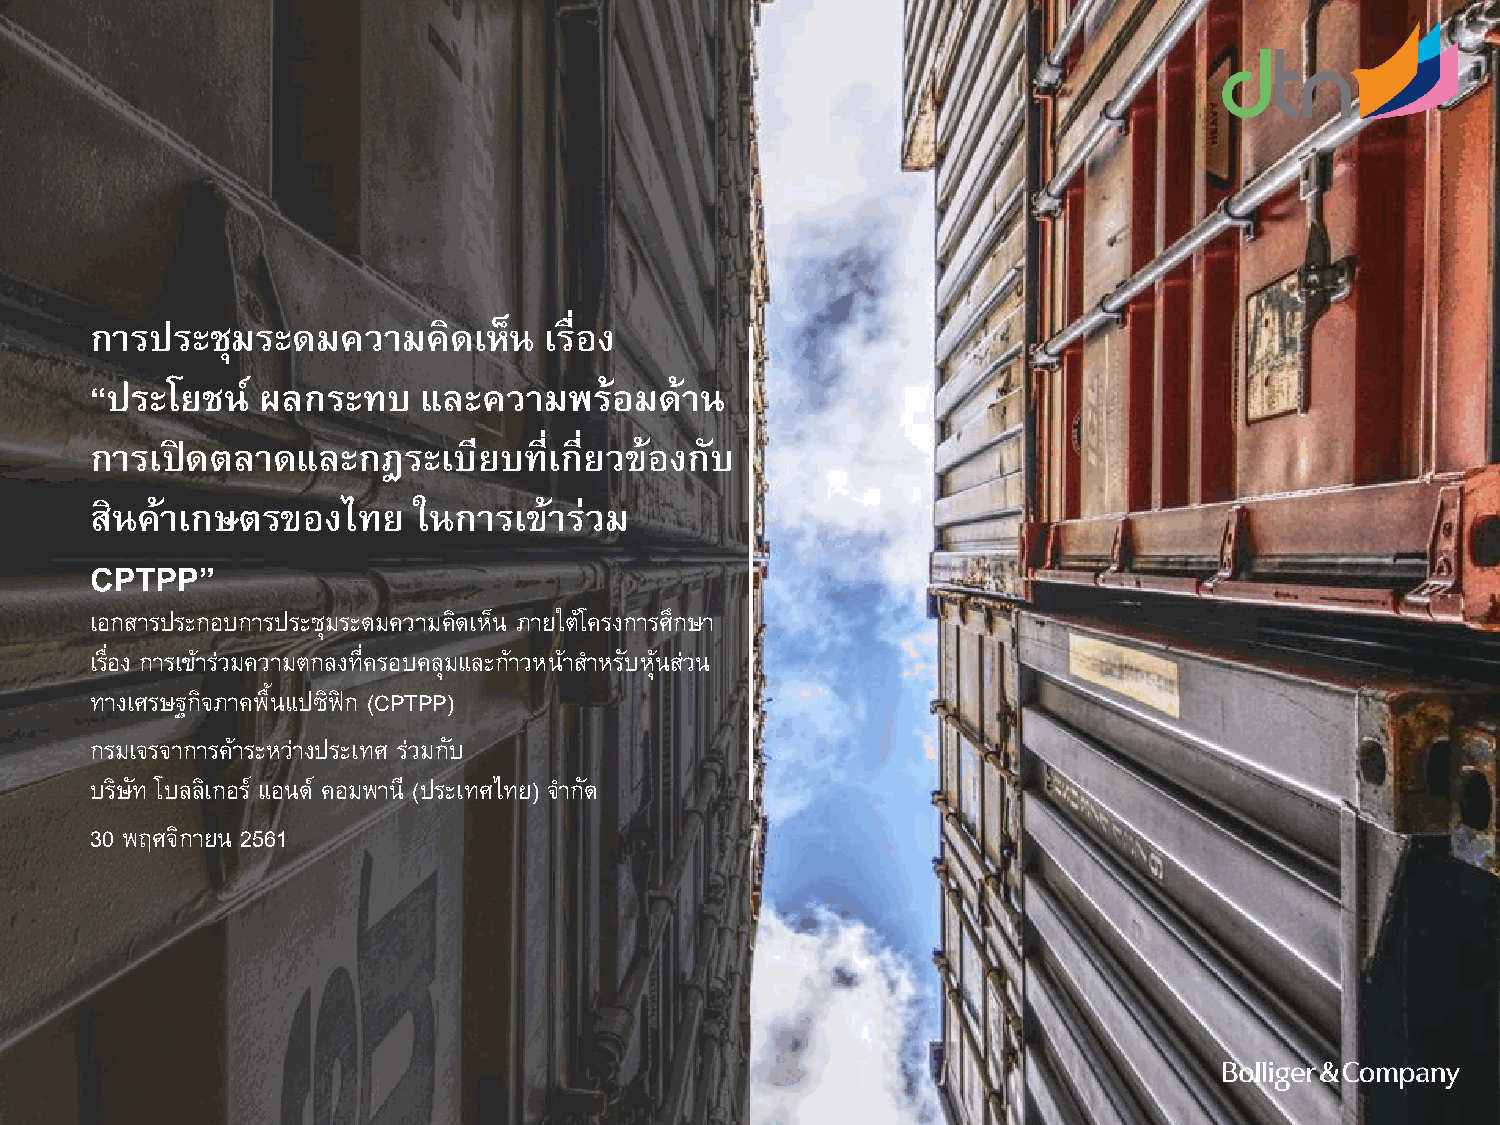
การประชุมระดมความคิดเห็น      เรื่อง
 “ประโยชน์  ผลกระทบ    และความพร้อมด้าน
 การเปิดตลาดและกฎระเบียบที่เกี่ยวข้องกับ
 สินค้าเกษตรของไทย    ในการเข้าร่วม
 CPTPP”
 เอกสารประกอบการประชุมระดมความคิดเห็น ภายใต้โครงการศึกษา
 เรื่อง การเข้าร่วมความตกลงที่ครอบคลุมและก้าวหน้าส าหรับหุ้นส่วน
 ทางเศรษฐกิจภาคพื้นแปซิฟิก (CPTPP)
 กรมเจรจาการค้าระหว่างประเทศ ร่วมกับ
 บริษัท โบลลิเกอร์ แอนด์ คอมพานี (ประเทศไทย) จ ากัด
 30 พฤศจิกายน 2561